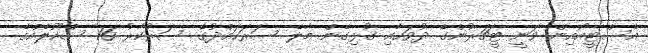
އެސްޓީއޯއިން ވަނީ ޓީޗަރުންގެ ދުވަހާއި ގުޅިގެން މާލެ ސަރަހައްދުގެ ސަރުކާރު 16 ސްކޫލެއްގެ